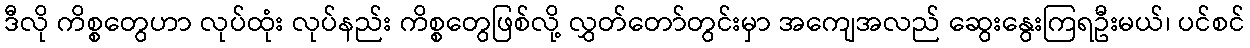
ဒီလို ကိစ္စတွေဟာ လုပ်ထုံး လုပ်နည်း ကိစ္စတွေဖြစ်လို့ လွှတ်တော်တွင်းမှာ အကျေအလည် ဆွေးနွေးကြရဦးမယ်၊ ပင်စင်